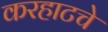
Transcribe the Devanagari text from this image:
करहाटचे